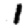
Digit: 1